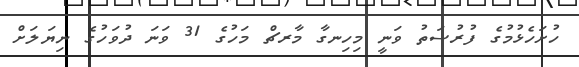
ހުށަހެޅުމުގެ ފުރުސަތު ވަނީ މިހިނގާ މާރޗް މަހުގެ 31 ވަނަ ދުވަހުގެ ނިޔަލަށް